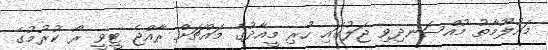
މައުލޫމާތު މުއްސަނދިވި ޖަލުގައި ހުރި މީއާދުގެ މައްޗަށް ރާއްޖެ ޓީވީ ރޯ ކުރުމުގެ